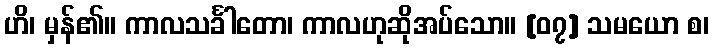
ဟိ၊ မှန်၏။ ကာလသင်္ခါတော၊ ကာလဟုဆိုအပ်သော။ [၀၇] သမယော စ၊